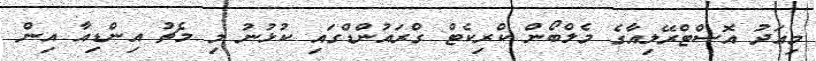
މިއަދު އޮސްޓްރޭލިއާގެ މެލްބޯން ކްރިކެޓް ގްރައުންޑްގައި ކުޅުނު މި މެޗު އިންޑިއާ އިން